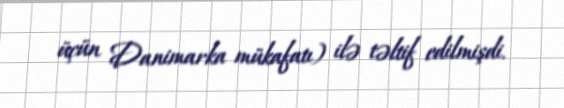
üçün Danimarka mükafatı) ilə təltif edilmişdi.